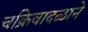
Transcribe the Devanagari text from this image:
चक्रिवादळाने